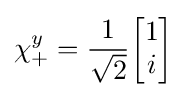
\chi _{+}^{y}={1 \over {\sqrt {2}}}{\begin{bmatrix}1\\i\\\end{bmatrix}}